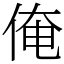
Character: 俺